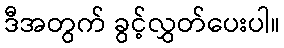
ဒီအတွက် ခွင့်လွှတ်ပေးပါ။